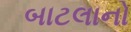
બાટલાનો